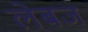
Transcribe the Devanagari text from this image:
लेबज